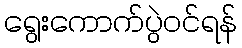
ရွေးကောက်ပွဲဝင်ရန်